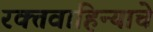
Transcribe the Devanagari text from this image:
रक्तवाहिन्याचे